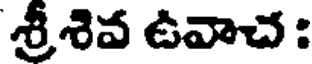
శ్రీశివ ఉవాచ :